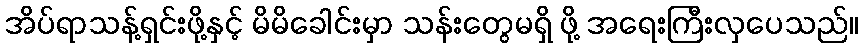
အိပ်ရာသန့်ရှင်းဖို့နှင့် မိမိခေါင်းမှာ သန်းတွေမရှိ ဖို့ အရေးကြီးလှပေသည်။